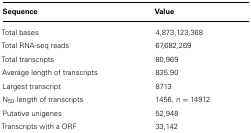
<table><thead><tr><td><b>Sequence</b></td><td><b>Value</b></td></tr></thead><tbody><tr><td>Total bases</td><td>4,873,123,368</td></tr><tr><td>Total RNA-seq reads</td><td>67,682,269</td></tr><tr><td>Total transcripts</td><td>80,969</td></tr><tr><td>Average length of transcripts</td><td>835.90</td></tr><tr><td>Largest transcript</td><td>8713</td></tr><tr><td>N<sub>50</sub> length of transcripts</td><td>1456, <i>n</i> = 14912</td></tr><tr><td>Putative unigenes</td><td>52,948</td></tr><tr><td>Transcripts with a ORF</td><td>33,142</td></tr></tbody></table>